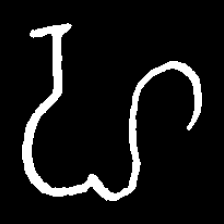
Pyu character \u2014 Myanmar letter: ဟ (romanized: ha)